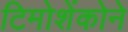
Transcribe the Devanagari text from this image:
टिमोशेंकोने